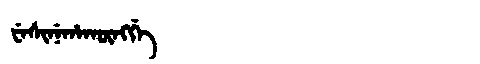
Manchu: ᠸᡝᠰᡳᠨᡝᡥᠠᡴᡡᠩᡤᡝ
Romanization: WESINEHAKŪNGGE